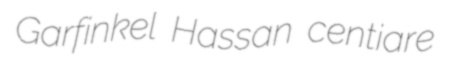
Garfinkel Hassan centiare